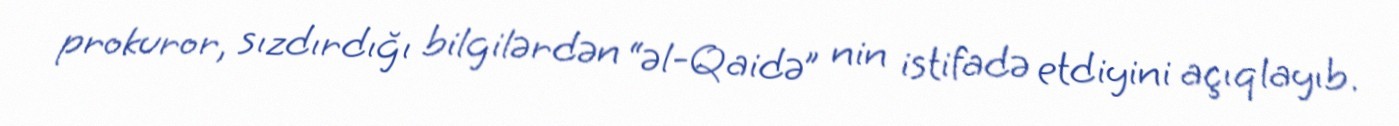
prokuror, sızdırdığı bilgilərdən “əl-Qaidə” nin istifadə etdiyini açıqlayıb.